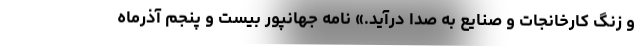
و زنگ کارخانجات و صنایع به صدا درآید.» نامه جهانپور بیست و پنجم آذرماه